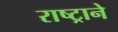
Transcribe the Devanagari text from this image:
राष्ट्रानेे